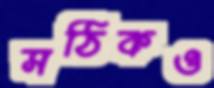
সঠিকও